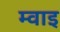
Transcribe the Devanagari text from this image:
म्वाइ